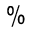
\%